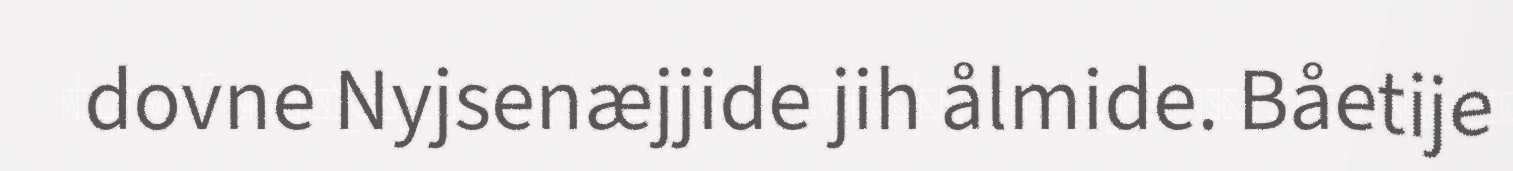
dovne Nyjsenæjjide jih ålmide. Båetije